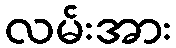
လမ်းအား